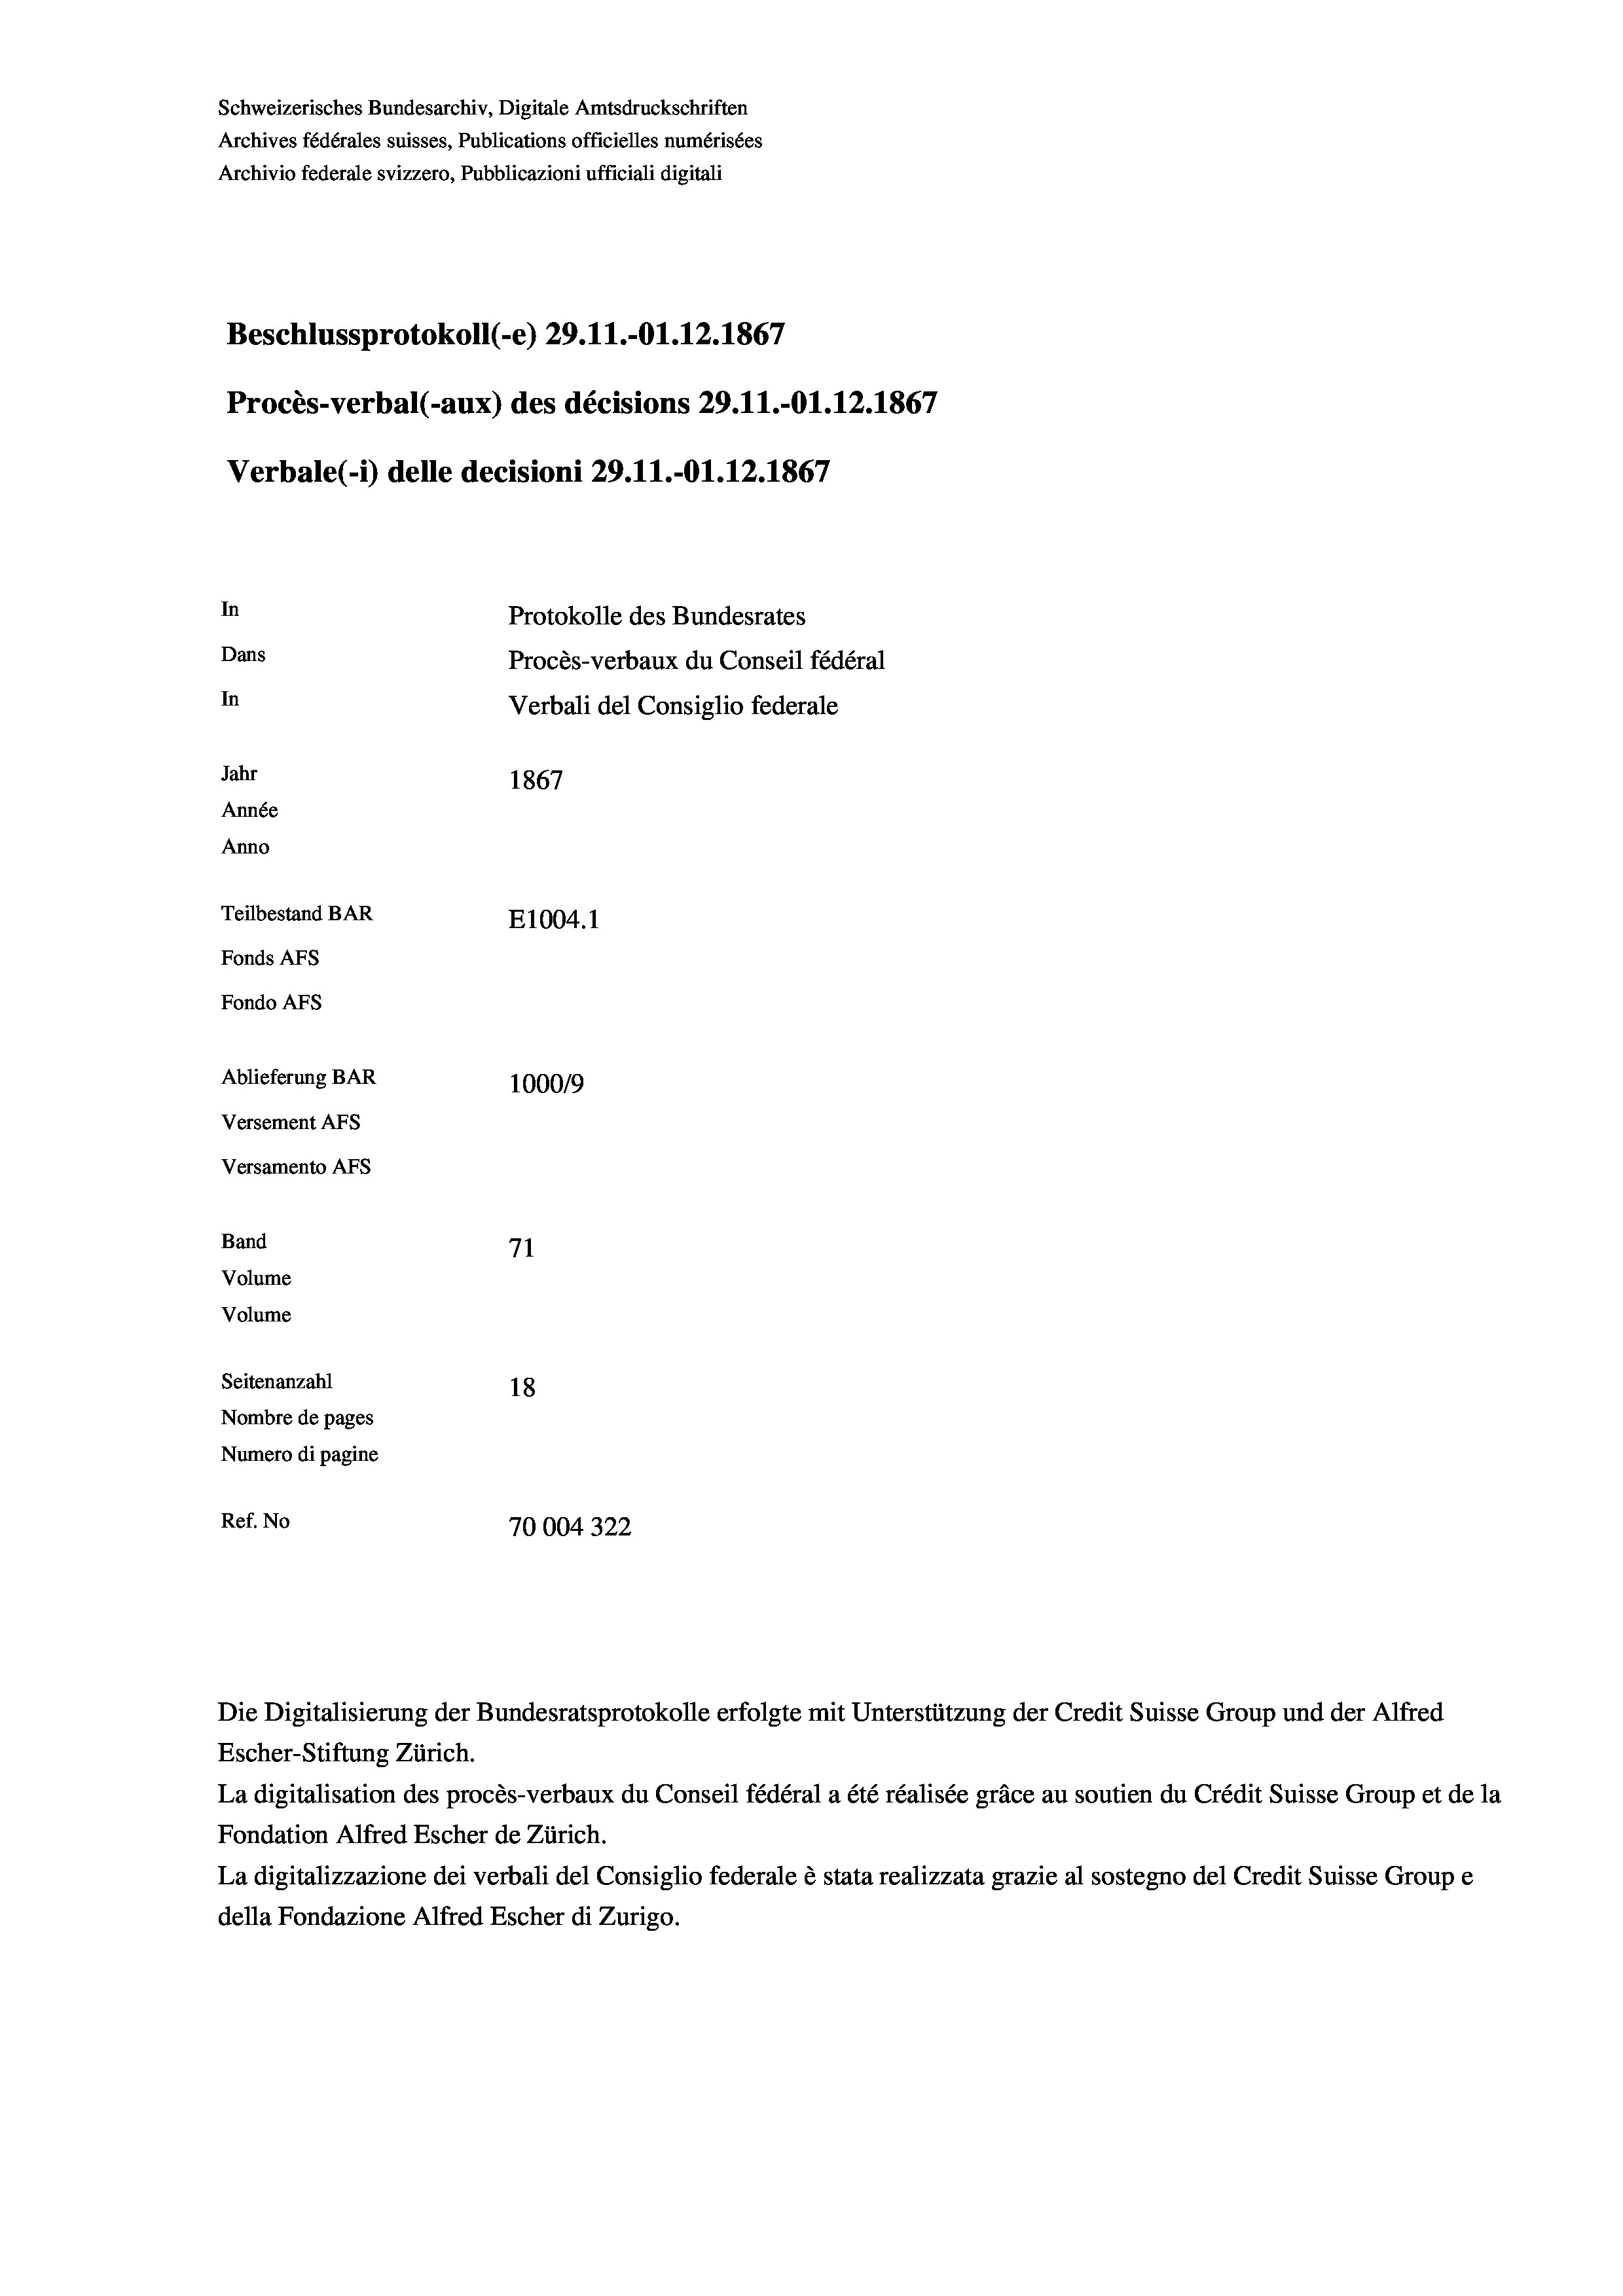
Schweizerisches Bundesarchiv, Digitale Amtsdruckschriften
Archives fédérales suisses, Publications officielles numérisées
Archivio federale svizzero, Pubblicazioni ufficiali digitali
Beschlussprotokoll (-e) 29. 11.-O1.12.1867
Procès-verbal (-aux) des décisions 29.11.-Ol.12.1867
Verbale(- 1) delle decisioni 29. 11.-O1.12.1867
In
Protokolle des Bundesrates
Dans
Procès-verbaux du Conseil fédéral
In
Verbali del Consiglio federale
Jahr
1867
Année
Anno
Teilbestand BAR
E1004.1
Fonds AFs
Fondo AFs
Ablieferung BAR
100019
Versement AFs
Versamento AFs
Band
71
Volume
Volume

Seitenanzahl
18
Nombre de pages
Numero di pagine
Ref. No
70004322

Escher-Stiftung Zürich.
La digitalisation des procès-verbaux du Conseil fédéral a été réalisée gräce au soutien du Crédit Suisse Group et de la
Fondation Alfred Escher de Zürich.
La digitalizzazione dei verbali del Consiglio federale è stata realizzata grazie al sostegno del Credit Suisse Groupe
della Fondazione Alfred Escher di Zurigo.

Die Digitalisierung der Bundesratsprotokolle erfolgte mit Unterstützung der Credit Suisse Group und der Alfred